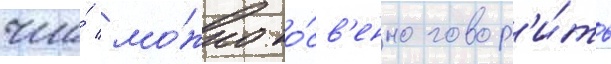
что́ мо́жно ко́св'енно говор'и́ть